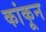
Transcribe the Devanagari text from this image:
कांकून